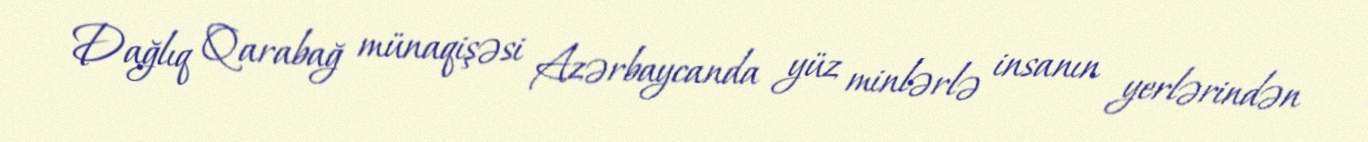
Dağlıq Qarabağ münaqişəsi Azərbaycanda yüz minlərlə insanın yerlərindən